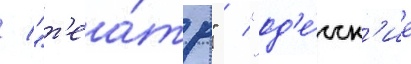
/ "т'еа́тр" / "од'е́сск'ие